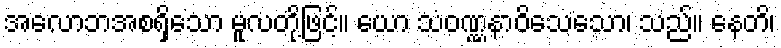
အလောဘအစရှိသော မူလတို့ဖြင့်။ ယော သံဝဏ္ဏနာဝိသေသော၊ သည်။ နေတိ၊